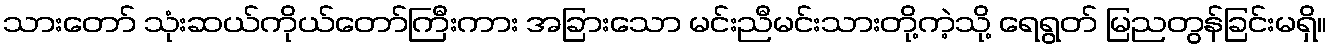
သားတော် သုံးဆယ်ကိုယ်တော်ကြီးကား အခြားသော မင်းညီမင်းသားတို့ကဲ့သို့ ရေရွတ် မြညတွန်ခြင်းမရှိ။